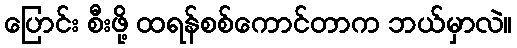
ပြောင်း စီးဖို့ ထရန်စစ်ကောင်တာက ဘယ်မှာလဲ။